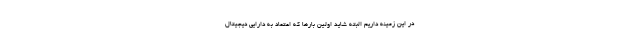
در این زمینه داریم البته شاید اولین بارها که اعتماد به دارایی دیجیتال